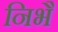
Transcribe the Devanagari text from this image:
निभै